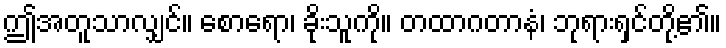
ဤအတူသာလျှင်။ စောရော၊ ခိုးသူကို။ တထာဂတာနံ၊ ဘုရားရှင်တို့၏။